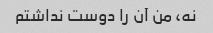
نه، من آن را دوست نداشتم